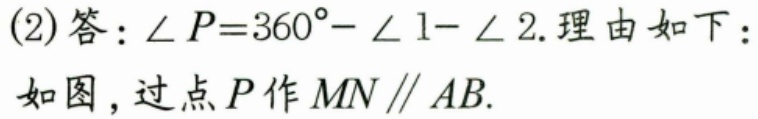
(2)答：\(\angle P = 360^{\circ}-\angle 1-\angle 2\).理由如下：
如图，过点\(P\)作\(MN\parallel AB\).